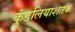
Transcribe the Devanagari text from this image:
कुंडलियाशतक